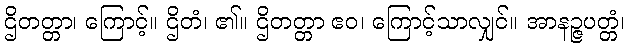
ဌိတတ္တာ၊ ကြောင့်။ ဌိတံ၊ ၏။ ဌိတတ္တာ ဧဝ၊ ကြောင့်သာလျှင်။ အာနဉ္ဇပတ္တံ၊